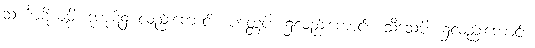
သင်္ဃာဋိယမ္ပိ၊ ဒုကုဋ်၌ လည်းကောင်း။ ပတ္တေပိ၊ ၌လည်းကောင်း။ သီသေပိ၊ ၌လည်းကောင်း။